Lunatic asylums Bombay report 1891-1903 - 1891-1903
Year: 1891
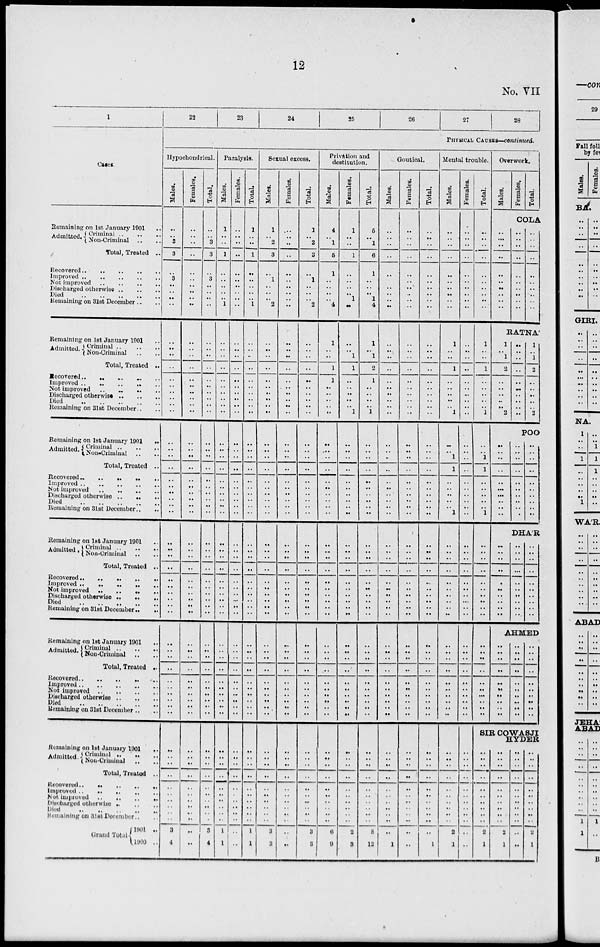
12
No. VII
1
Cases.
Remaining on 1st January 1901 ..
Admitted. Criminal .. ..
Non-Criminal .. ..
Total, Treated ..
Recovered .. .. .. .. ..
Improved .. .. .. .. ..
Not improved .. .. .. .. ..
Discharged otherwise .. .. ..
Died
..
..
..
..
..
Remaining on 31st December .. ..
Remaining on 1st January 1901 ..
Admitted. Criminal .. .. ..
Non-Criminal .. ..
Total, Treated ..
Recovered .. .. .. .. ..
Improved .. .. .. .. ..
Not improved
..
..
..
..
Discharged otherwise .. .. ..
Died
..
..
..
..
..
Remaining on 31st December .. ..
Remaining on 1st January 1901
..
Admitted. Criminal .. .. ..
Non-Criminal .. .. ..
Total, Treated ..
Recovered .. .. .. .. ..
Improved .. .. .. .. ..
Not improved .. .. .. .. ..
Dicharged otherwise .. .. .. .. ..
Died
..
..
..
..
..
Remaining on 31 December .. ..
Remaining on 1st January 1901 ..
Admitted. Criminal .. .. ..
Non Criminal .. ..
Total, Treated ..
Recovered .. .. .. .. ..
Improved .. .. .. .. ..
Not improved .. .. .. .. ..
Discharged otherwise .. .. .. .. ..
Died
..
..
..
..
..
Remaining on 31st December .. ..
Remaining on 1st January 1901 ..
Admitted. Criminal .. .. ..
Non-Criminal .. ..
Total, Treated ..
Recovered .. .. .. .. ..
Improved .. .. .. .. ..
Not improved .. .. .. .. ..
Discharged otherwise .. .. .. .. ..
Died .. .. .. .. ..
Remaining on 31st December .. ..
Remainingon 1st January 1901 ..
Admitted. Criminal .. .. ..
Non-Criminal
..
..
Total, Treated ..
Recovered .. .. .. .. ..
Improved .. .. .. .. ..
Not improved .. .. .. .. ..
Discharged otherwise .. .. ..
Died .. .. .. .. ..
Remaining on 31st December .. ..
Grand Total
1901 ..
1900 ..
22
23
24
25
26
27
28
PHYSICAL CAUSE—continued.
Hypochondrical.
Males.
..
..
3
3
..
3
..
..
..
..
..
..
..
..
..
..
..
..
..
..
..
..
..
..
..
..
..
..
..
..
..
..
..
..
..
..
..
..
..
..
..
..
..
..
..
..
..
..
..
..
..
..
..
..
..
..
..
..
..
..
3
4
Females.
..
..
..
..
..
..
..
..
..
..
..
..
..
..
..
..
..
..
..
..
..
..
..
..
..
..
..
..
..
..
..
..
..
..
..
..
..
..
..
..
..
..
..
..
..
..
..
..
..
..
..
..
.
..
..
..
..
..
..
..
..
..
Total.
..
..
3
3
..
3
..
..
..
..
..
..
..
..
..
..
..
..
..
..
..
..
..
..
..
..
..
..
..
..
..
..
..
..
..
..
..
..
..
..
..
..
..
..
..
..
..
..
..
..
..
..
..
..
..
..
..
..
..
..
3
4
Paralysis.
Males.
1
..
..
1
..
..
..
..
..
1
..
..
..
..
..
..
..
..
..
..
..
..
..
..
..
..
..
..
..
..
..
..
..
..
..
..
..
..
..
..
..
..
..
..
..
..
..
..
..
..
..
..
..
..
..
..
..
..
..
..
1
1
Females.
..
..
..
..
..
..
..
..
..
..
..
..
..
..
..
..
..
..
..
..
..
..
....
..
..
..
.
...
..
..
..
..
.
..
..
.
...
.
..
..
..
..
...
..
..
..
..
..
..
..
..
.
..
..
..
..
..
..
..
..
..
..
Total.
1
..
..
1
..
..
..
..
..
1
..
..
..
..
..
..
..
..
..
..
..
..
....
..
..
..
..
..
..
..
..
..
..
..
..
..
..
..
..
..
..
..
..
..
..
..
..
..
..
..
..
..
..
..
..
..
..
..
..
..
1
1
Sexual excess.
Males.
1
..
2
3
..
1
..
..
..
2
..
..
..
..
..
..
..
..
..
..
..
..
..
..
..
..
..
..
..
..
..
..
..
..
..
..
..
..
..
..
..
..
..
..
..
..
..
..
..
..
..
..
..
..
..
..
..
..
..
..
3
3
Females.
..
..
..
..
..
..
..
..
..
..
..
..
..
..
..
..
..
..
..
..
..
..
..
..
..
..
..
..
..
..
..
..
..
..
..
..
..
..
..
..
..
..
..
..
..
..
..
..
..
..
..
..
..
..
..
..
..
..
..
..
..
..
Total.
1
..
2
3
..
1
..
..
..
2
..
..
..
..
..
..
..
..
..
..
..
..
..
..
..
..
..
..
..
..
..
..
..
..
..
..
..
..
..
..
..
..
..
..
..
..
..
..
..
..
..
..
..
..
..
..
..
..
..
..
3
3
Privation and
destitution.
Males.
4
..
1
5
1
..
..
..
..
4
1
..
..
1
1
..
..
..
.
..
..
..
..
..
..
..
..
..
..
..
..
..
..
..
..
..
..
..
..
..
..
..
..
..
..
..
..
..
..
..
..
..
..
..
..
..
..
..
..
..
6
9
Females.
1
..
..
1
..
..
..
..
1
..
..
..
1
1
..
..
..
..
..
1
..
..
..
..
..
..
..
..
..
..
..
..
..
..
..
..
..
..
..
..
..
..
..
..
..
..
..
..
..
..
..
..
..
..
..
..
..
..
..
..
2
3
Total.
5
..
1
6
1
..
..
..
1
4
1 .. 1
2
1
..
..
..
..
1
..
..
..
..
..
..
..
..
..
..
..
..
..
..
..
...
..
..
..
..
..
..
..
..
..
..
..
..
..
..
..
..
..
..
..
..
..
..
..
..
8
13
Goutical.
Males.
..
..
..
..
..
..
..
..
..
..
..
..
..
..
..
..
..
..
..
..
..
..
..
..
..
..
..
..
..
..
..
..
..
..
..
..
..
..
..
..
..
..
..
..
..
..
..
..
..
..
..
..
..
..
..
..
..
..
..
..
..
1
Females.
..
..
..
..
..
..
..
..
..
..
..
..
..
..
..
..
..
..
..
..
..
..
..
..
..
..
..
..
..
..
..
..
..
..
..
..
..
..
..
..
..
..
..
..
..
..
..
..
..
..
..
..
..
..
..
..
..
..
..
..
..
Total.
..
..
..
..
..
..
..
..
..
..
..
..
..
..
..
..
..
..
..
..
..
..
..
..
..
..
..
..
..
..
..
..
..
..
..
..
..
..
..
..
..
..
..
..
..
..
..
..
..
..
..
..
..
..
..
..
..
..
..
..
..
1
Mental trouble.
Males.
..
..
..
..
..
..
..
..
..
..
1
..
..
1
..
..
..
..
..
1
..
..
1
1
..
..
..
..
..
1
..
..
..
..
..
..
..
..
..
..
..
..
..
..
..
..
..
..
..
..
..
..
..
..
..
..
..
..
..
..
2
1
Females.
..
..
..
..
..
..
..
..
..
..
..
..
..
..
..
..
..
..
..
..
..
..
..
..
..
..
..
..
..
..
..
..
..
..
..
..
..
..
..
..
..
..
..
..
..
..
..
..
..
..
..
..
..
..
..
..
..
..
..
..
..
..
Total.
..
..
..
..
..
..
..
..
..
..
1
..
..
1
..
..
..
..
..
1
..
..
1
1
..
..
..
..
..
1
..
..
..
..
..
..
..
..
..
..
..
..
..
..
..
..
..
..
..
..
Overwork.
Males.
Females.
Total.
COLA
..
..
..
..
..
..
..
..
..
..
..
..
..
..
..
..
..
..
..
..
..
..
..
..
..
..
..
..
..
..
RATNA'
1
..
1
2
..
..
..
..
..
2
..
..
..
..
..
..
..
..
..
..
1
..
1
2
..
..
..
..
..
2
POO
..
..
..
..
..
..
..
..
..
..
..
..
..
..
..
..
..
..
..
..
..
..
..
..
..
..
..
..
..
..
DHA'R
..
..
..
..
..
..
..
..
..
..
..
..
..
..
..
..
..
..
..
..
..
..
..
..
..
..
..
..
..
..
AHMED
..
..
..
..
..
..
..
..
..
..
..
..
..
..
..
..
..
..
..
..
..
..
..
..
..
..
..
..
..
..
SIR COWASJI
..
..
..
..
..
..
..
..
..
..
2
1
..
..
..
..
..
..
..
..
..
..
2
1
..
..
..
..
..
..
..
..
..
..
..
..
..
..
..
..
..
..
..
..
..
..
2
1